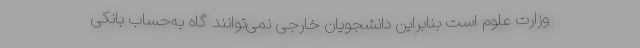
وزارت علوم است بنابراین دانشجویان خارجی نمی‌توانند گاه به‌حساب بانکی